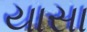
યાસા